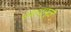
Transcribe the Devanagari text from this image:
संवादांमुळे